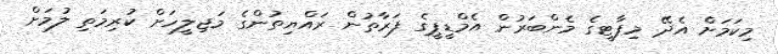
މިކަމަށް އެދޭ މިޕާޓީގެ މެންބަރުން އެމްޑީޕީގެ ފަރާތުން ރައްޔިތުންގެ މަޖިލީހަށް ކުރިމަތި ލުމަށް